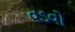
વડવો